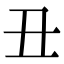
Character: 丑